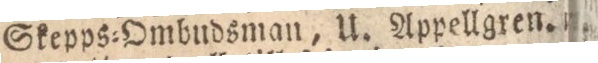
Skepps=Ombudsman, U. Appellgren.